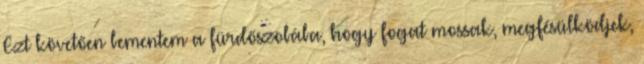
Ezt követően bementem a fürdőszobába, hogy fogat mossak, megfésülködjek,